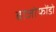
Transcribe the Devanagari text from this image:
बाजोफोंडो